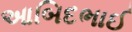
આબિદભાઈ